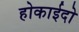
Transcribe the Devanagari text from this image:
होकाईदो